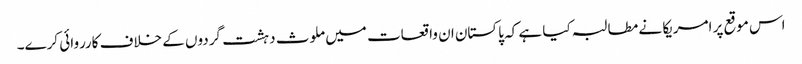
اس موقع پر امریکا نے مطالبہ کیا ہے کہ پاکستان ان واقعات میں ملوث دہشت گردوں کے خلاف کارروائی کرے۔